Mental hospitals Bombay report 1929-33 - 1929-1933
Year: 1929
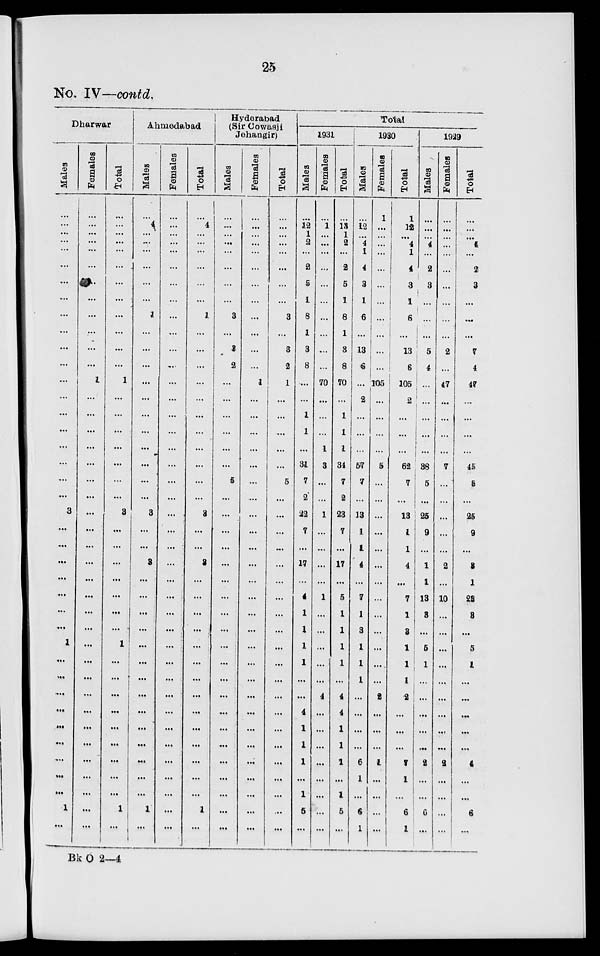
25
No. IV—contd.
Dharwar
Males
...
...
...
...
...
...
...
...
...
...
...
...
...
...
...
...
...
...
...
...
3
...
...
...
...
...
...
...
1
...
...
....
...
...
...
...
...
...
1
...
Females
...
...
...
...
...
...
..
...
...
...
...
...
1
...
...
...
...
...
...
...
...
...
...
...
...
...
...
...
...
...
...
...
...
...
...
...
...
...
...
...
Total
...
...
...
...
...
...
...
...
...
...
...
...
1
...
...
...
...
...
...
3
...
...
...
...
...
...
...
1
...
...
...
...
...
...
...
...
1
...
Ahmedabad
Males
...
4
...
...
...
...
...
...
1
...
...
...
...
...
...
...
...
...
...
...
3
...
...
3
...
...
...
...
...
...
...
...
...
...
...
...
...
...
1
...
Females
...
...
...
...
...
...
...
...
...
...
...
...
...
...
...
...
...
...
...
...
...
...
...
...
...
...
...
...
...
...
...
...
...
...
...
...
...
...
...
...
Total
...
4
...
...
...
...
...
...
1
...
...
...
...
...
...
...
...
...
...
3
...
...
3
...
...
...
...
...
...
...
...
...
...
...
...
...
...
1
...
Hyderabad
(Sir Cowasji
Jehangir)
Males
...
...
...
...
...
...
...
...
3
...
3
2
...
...
...
...
...
...
5
...
...
...
...
...
...
...
...
...
...
...
...
...
...
...
...
...
...
...
...
...
Females
...
...
...
...
...
...
...
...
...
...
...
...
1
...
...
...
...
...
...
...
...
...
...
...
...
...
...
...
...
...
...
...
...
...
...
...
...
...
...
...
Total
...
...
...
...
...
...
...
...
3
...
3
2
1
...
...
...
...
...
5
...
...
...
...
...
...
...
...
...
...
...
...
...
...
...
...
...
...
...
...
...
Total
1931
Males
...
12
1
2
...
2
5
1
8
1
3
8
...
....
1
1
...
31
7
2
22
7
...
17
...
4
1
1
1
1
...
...
4
1
1
1
...
1
5
...
Females
...
1
...
...
...
...
...
...
...
...
...
...
70
...
...
...
1
3
...
...
1
...
...
...
...
1
...
...
...
...
...
4
...
...
...
...
...
...
...
...
Total
...
13
1
2
...
2
5
1
8
1
3
8
70
...
1
1
1
34
7
2
23
7
...
17
...
5
1
1
1
1
...
4
4
1
1
1
...
1
5
...
1930
Males
...
12
...
4
1
4
3
1
6
13
6
...
2
...
...
...
57
7
...
13
1
1
4
...
7
1
3
1
1
1
...
...
...
...
6
1
...
6
1
Females
1
...
...
...
...
...
...
...
...
...
...
...
105
...
...
...
...
5
...
...
...
...
...
...
...
...
...
...
...
...
...
2
...
...
...
1
...
...
...
...
Total
1
12
...
4
1
4
3
1
6
...
13
6
105
2
...
...
62
7
...
13
1
1
4
...
7
1
3
1
1
1
2
...
...
...
7
1
...
6
1
1929
Males
...
...
...
4
...
2
3
...
...
...
5
4
...
...
...
...
...
38
5
...
25
9
...
1
1
13
3
...
5
1
...
...
...
...
2
...
...
6
...
Females
...
...
...
...
...
...
...
...
...
...
2
...
47
...
...
...
...
7
...
...
...
...
...
2
...
10
...
...
...
...
...
...
...
...
...
2
...
...
...
...
Total
...
...
...
4
...
2
3
...
...
...
7
4
47
...
...
...
...
45
6
...
25
9
...
3
1
28
3
...
5
1
...
...
...
...
...
4
...
...
6
...
Bk O 2—4